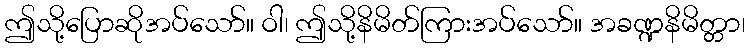
ဤသို့ပြောဆိုအပ်သော်။ ဝါ၊ ဤသို့နိမိတ်ကြားအပ်သော်။ အခဏ္ဍနိမိတ္တာ၊